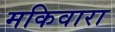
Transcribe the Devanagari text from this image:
मकिवारा